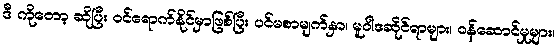
ဒီ ကိုတော့ ဆိုပြီး ဝင်ရောက်နိုင်မှာဖြစ်ပြီး ပင်မစာမျက်နှာ၊ မူဝါဒဆိုင်ရာများ၊ ဝန်ဆောင်မှုများ၊